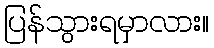
ပြန်သွားရမှာလား။